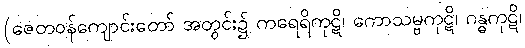
(ဇေတဝန်ကျောင်းတော် အတွင်း၌ ကရေရိကုဋိ၊ ကောသမ္ဗကုဋိ၊ ဂန္ဓကုဋိ၊